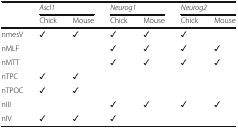
<table><thead><tr><td rowspan="2"></td><td colspan="2"><b><i>Ascl1</i></b></td><td colspan="2"><b><i>Neurog1</i></b></td><td colspan="2"><b><i>Neurog2</i></b></td></tr><tr><td><b>Chick</b></td><td><b>Mouse</b></td><td><b>Chick</b></td><td><b>Mouse</b></td><td><b>Chick</b></td><td><b>Mouse</b></td></tr></thead><tbody><tr><td>nmesV</td><td>✓</td><td>✓</td><td>✓</td><td>✓</td><td>✓</td><td></td></tr><tr><td>nMLF</td><td></td><td></td><td>✓</td><td>✓</td><td>✓</td><td>✓</td></tr><tr><td>nMTT</td><td></td><td></td><td>✓</td><td>✓</td><td>✓</td><td>✓</td></tr><tr><td>nTPC</td><td>✓</td><td>✓</td><td></td><td></td><td></td><td></td></tr><tr><td>nTPOC</td><td>✓</td><td>✓</td><td></td><td></td><td></td><td></td></tr><tr><td>nIII</td><td></td><td></td><td>✓</td><td>✓</td><td>✓</td><td>✓</td></tr><tr><td>nIV</td><td>✓</td><td>✓</td><td>✓</td><td></td><td></td><td></td></tr></tbody></table>